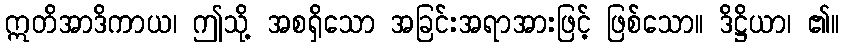
ဣတိအာဒိကာယ၊ ဤသို့ အစရှိသော အခြင်းအရာအားဖြင့် ဖြစ်သော။ ဒိဋ္ဌိယာ၊ ၏။